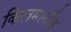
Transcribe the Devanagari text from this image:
किलमार्नॉक